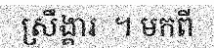
ស្រឹង្គារ  ។ មកពី